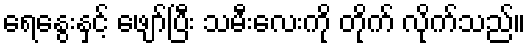
ရေနွေးနှင့် ဖျော်ပြီး သမီးလေးကို တိုက် လိုက်သည်။